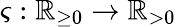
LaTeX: \varsigma:\mathbb{R}_{\geq 0}\rightarrow\mathbb{R}_{>0}